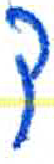
אות: ק